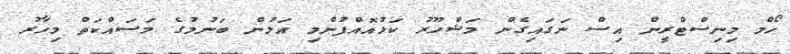
ހޯމް މިނިސްޓްރީން އިސް ނަގައިގެން މަޝްހޫރު ކަޅުއޮއްފުންމި އަލުން ބަނުމުގެ މަސައްކަތް މިހާރު